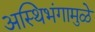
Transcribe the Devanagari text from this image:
अस्थिभंगामुळे